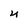
Character: 4